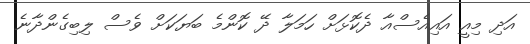
އަދި މިއީ އައިއެސްއާ ދެކޮޅަށް ހަމަލާ ދޭ ކޮންމެ ބަޔަކަށް ވެސް ލިބިގެންދާނެ